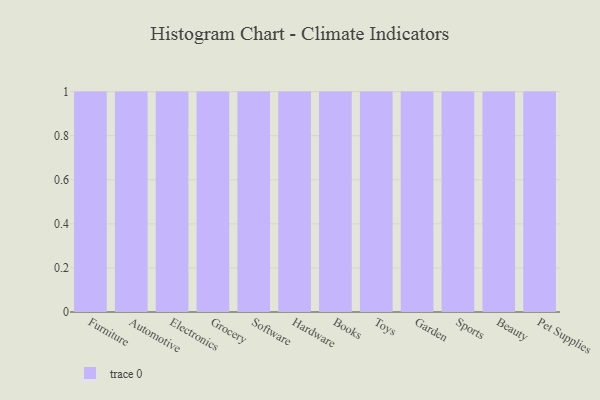
{"axis": {"x": "Category", "y": "Inventory Turnover"}, "legend": [""], "data": [{"x": "Furniture", "y": 93, "type": ""}, {"x": "Automotive", "y": 65, "type": ""}, {"x": "Electronics", "y": 23, "type": ""}, {"x": "Grocery", "y": 78, "type": ""}, {"x": "Software", "y": 91, "type": ""}, {"x": "Hardware", "y": 60, "type": ""}, {"x": "Books", "y": 9, "type": ""}, {"x": "Toys", "y": 12, "type": ""}, {"x": "Garden", "y": 93, "type": ""}, {"x": "Sports", "y": 74, "type": ""}, {"x": "Beauty", "y": 95, "type": ""}, {"x": "Pet Supplies", "y": 58, "type": ""}]}